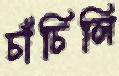
চাঁচিলি